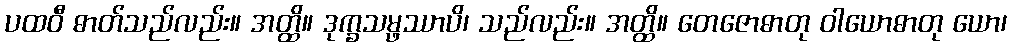
ပထဝီ ဓာတ်သည်လည်း။ အတ္ထိ။ ဒုက္ခသမ္ဖဿာပိ၊ သည်လည်း။ အတ္ထိ။ တေဇောဓာတု ဝါယောဓာတု ယော၊